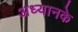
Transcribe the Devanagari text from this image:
अध्यानके